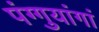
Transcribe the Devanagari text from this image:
पंग्गुयांगां